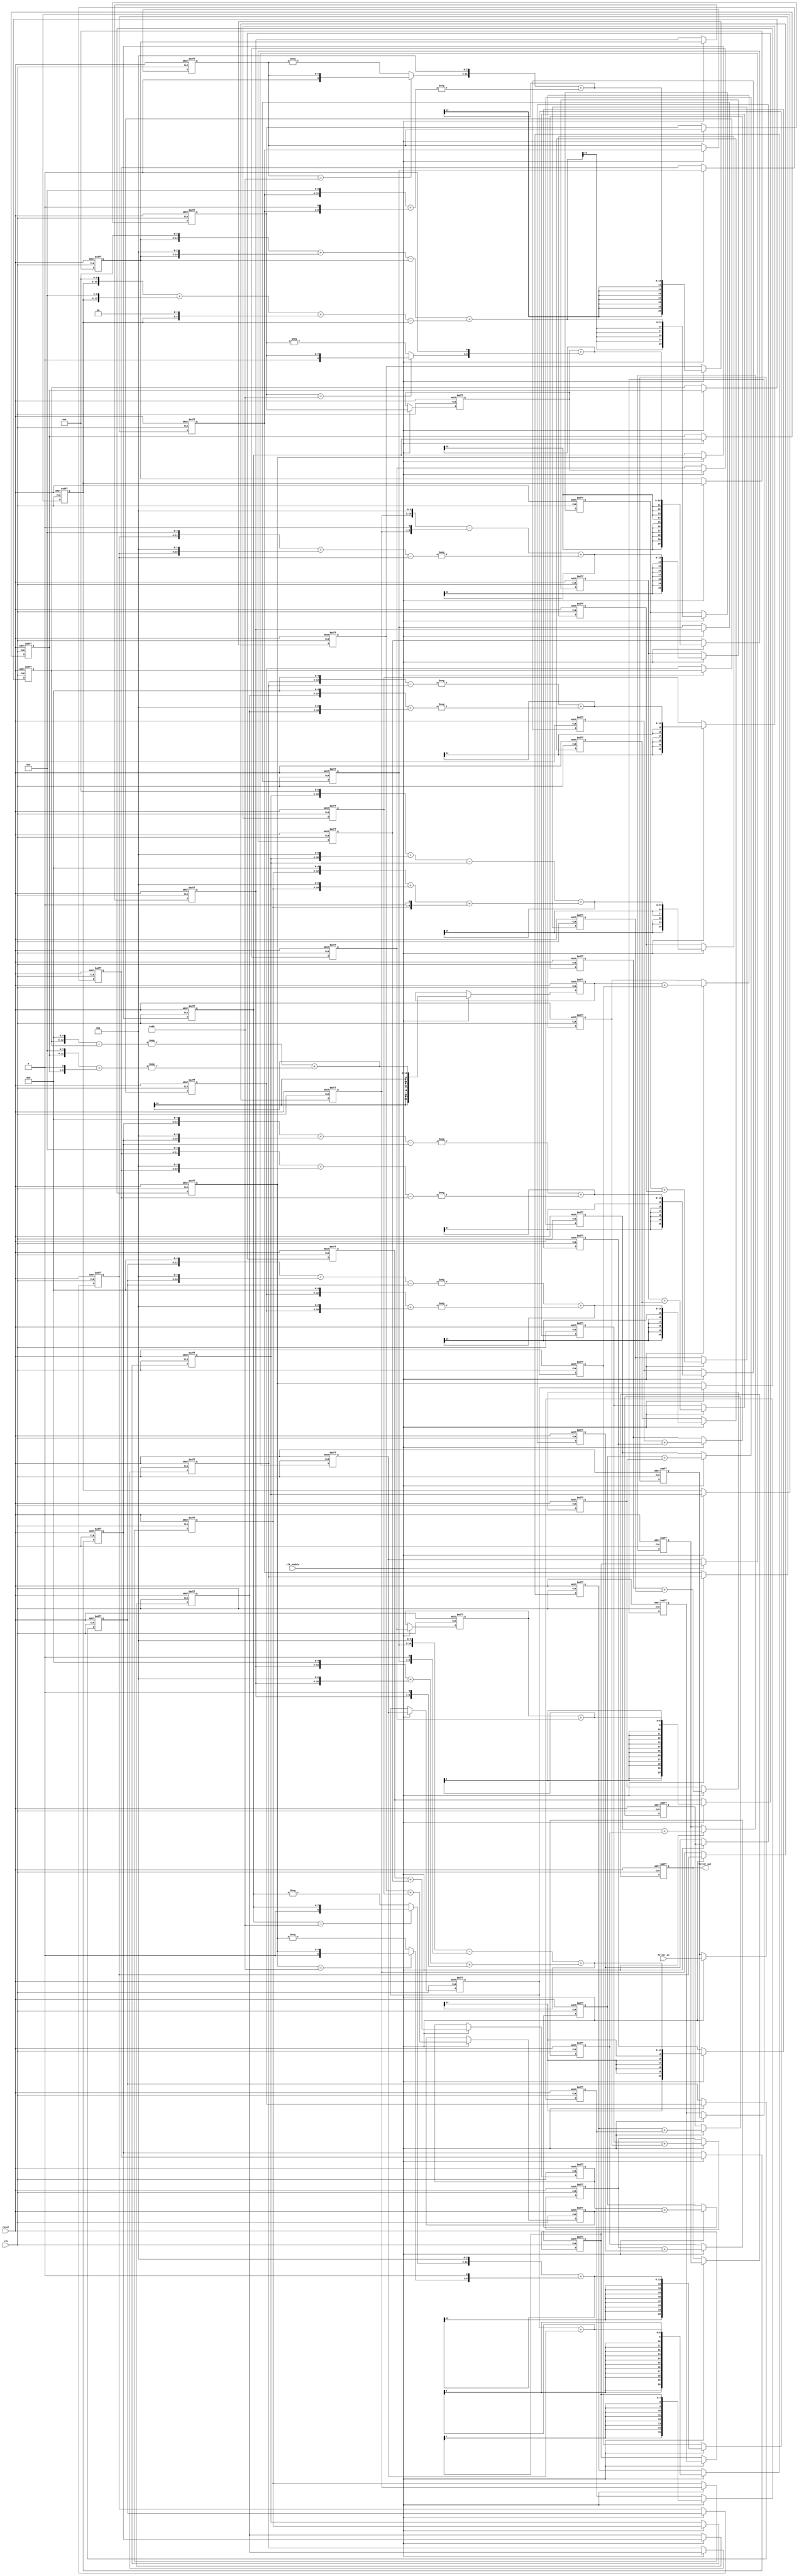
// -------------------------------------------------------------
//
// Module: fir_30_8b_fcsd
// Generated by MATLAB(R) 9.12 and Filter Design HDL Coder 3.1.11.
// Generated on: 2023-06-22 12:06:37
// -------------------------------------------------------------

// -------------------------------------------------------------
// HDL Code Generation Options:
//
// CoeffMultipliers: Factored-CSD
// FIRAdderStyle: tree
// OptimizeForHDL: on
// TargetDirectory: W:\Nikos\UTh\ \Project\FIR_30_Order\factored_csd\8b_fixed_point
// AddPipelineRegisters: on
// Name: fir_30_8b_fcsd
// InputDataType: numerictype(1,8,0)
// TargetLanguage: Verilog
// TestBenchName: fir_30_8b_fcsd_tb
// TestBenchStimulus: impulse step ramp chirp noise 

// Filter Specifications:
//
// Sample Rate     : 46 kHz
// Response        : Lowpass
// Specification   : N,Fp,Fst,Ap
// Stopband Edge   : 9.6 kHz
// Filter Order    : 30
// Passband Edge   : 8 kHz
// Passband Ripple : 60 dB
// -------------------------------------------------------------

// -------------------------------------------------------------
// HDL Implementation    : Fully parallel
// Folding Factor        : 1
// -------------------------------------------------------------
// Filter Settings:
//
// Discrete-Time FIR Filter (real)
// -------------------------------
// Filter Structure  : Direct-Form FIR
// Filter Length     : 31
// Stable            : Yes
// Linear Phase      : Yes (Type 1)
// Arithmetic        : fixed
// Numerator         : s8,8 -> [-5.000000e-01 5.000000e-01)
// -------------------------------------------------------------




`timescale 1 ns / 1 ns

module fir_30_8b_fcsd
               (
                clk,
                clk_enable,
                reset,
                filter_in,
                filter_out
                );

  input   clk; 
  input   clk_enable; 
  input   reset; 
  input   signed [7:0] filter_in; //sfix8
  output  signed [20:0] filter_out; //sfix21_En8

////////////////////////////////////////////////////////////////
//Module Architecture: fir_30_8b_fcsd
////////////////////////////////////////////////////////////////
  // Local Functions
  // Type Definitions
  // Constants
  parameter signed [7:0] coeff1 = 8'b00000000; //sfix8_En8
  parameter signed [7:0] coeff2 = 8'b00000000; //sfix8_En8
  parameter signed [7:0] coeff3 = 8'b00000001; //sfix8_En8
  parameter signed [7:0] coeff4 = 8'b00000001; //sfix8_En8
  parameter signed [7:0] coeff5 = 8'b00000001; //sfix8_En8
  parameter signed [7:0] coeff6 = 8'b11111110; //sfix8_En8
  parameter signed [7:0] coeff7 = 8'b11111000; //sfix8_En8
  parameter signed [7:0] coeff8 = 8'b11101110; //sfix8_En8
  parameter signed [7:0] coeff9 = 8'b11100001; //sfix8_En8
  parameter signed [7:0] coeff10 = 8'b11011000; //sfix8_En8
  parameter signed [7:0] coeff11 = 8'b11011001; //sfix8_En8
  parameter signed [7:0] coeff12 = 8'b11101001; //sfix8_En8
  parameter signed [7:0] coeff13 = 8'b00000110; //sfix8_En8
  parameter signed [7:0] coeff14 = 8'b00101010; //sfix8_En8
  parameter signed [7:0] coeff15 = 8'b01000111; //sfix8_En8
  parameter signed [7:0] coeff16 = 8'b01010011; //sfix8_En8
  parameter signed [7:0] coeff17 = 8'b01000111; //sfix8_En8
  parameter signed [7:0] coeff18 = 8'b00101010; //sfix8_En8
  parameter signed [7:0] coeff19 = 8'b00000110; //sfix8_En8
  parameter signed [7:0] coeff20 = 8'b11101001; //sfix8_En8
  parameter signed [7:0] coeff21 = 8'b11011001; //sfix8_En8
  parameter signed [7:0] coeff22 = 8'b11011000; //sfix8_En8
  parameter signed [7:0] coeff23 = 8'b11100001; //sfix8_En8
  parameter signed [7:0] coeff24 = 8'b11101110; //sfix8_En8
  parameter signed [7:0] coeff25 = 8'b11111000; //sfix8_En8
  parameter signed [7:0] coeff26 = 8'b11111110; //sfix8_En8
  parameter signed [7:0] coeff27 = 8'b00000001; //sfix8_En8
  parameter signed [7:0] coeff28 = 8'b00000001; //sfix8_En8
  parameter signed [7:0] coeff29 = 8'b00000001; //sfix8_En8
  parameter signed [7:0] coeff30 = 8'b00000000; //sfix8_En8
  parameter signed [7:0] coeff31 = 8'b00000000; //sfix8_En8

  // Signals
  reg  signed [7:0] delay_pipeline [0:30] ; // sfix8
  wire signed [15:0] product29; // sfix16_En8
  wire signed [15:0] product28; // sfix16_En8
  wire signed [15:0] product27; // sfix16_En8
  wire signed [15:0] product26; // sfix16_En8
  wire signed [8:0] mulpwr2_temp; // sfix9
  wire signed [15:0] product25; // sfix16_En8
  wire signed [8:0] mulpwr2_temp_1; // sfix9
  wire signed [15:0] product24; // sfix16_En8
  wire signed [12:0] mulcsd_temp; // sfix13_En8
  wire signed [15:0] product23; // sfix16_En8
  wire signed [13:0] mulcsd_temp_1; // sfix14_En8
  wire signed [15:0] product22; // sfix16_En8
  wire signed [13:0] mulcsd_temp_2; // sfix14_En8
  wire signed [15:0] product21; // sfix16_En8
  wire signed [13:0] mulcsd_temp_3; // sfix14_En8
  wire signed [15:0] product20; // sfix16_En8
  wire signed [12:0] mulcsd_temp_4; // sfix13_En8
  wire signed [15:0] product19; // sfix16_En8
  wire signed [11:0] mulcsd_temp_5; // sfix12_En8
  wire signed [15:0] product18; // sfix16_En8
  wire signed [13:0] mulcsd_temp_6; // sfix14_En8
  wire signed [15:0] product17; // sfix16_En8
  wire signed [14:0] mulcsd_temp_7; // sfix15_En8
  wire signed [15:0] product16; // sfix16_En8
  wire signed [14:0] mulcsd_temp_8; // sfix15_En8
  wire signed [15:0] product15; // sfix16_En8
  wire signed [14:0] mulcsd_temp_9; // sfix15_En8
  wire signed [15:0] product14; // sfix16_En8
  wire signed [13:0] mulcsd_temp_10; // sfix14_En8
  wire signed [15:0] product13; // sfix16_En8
  wire signed [11:0] mulcsd_temp_11; // sfix12_En8
  wire signed [15:0] product12; // sfix16_En8
  wire signed [12:0] mulcsd_temp_12; // sfix13_En8
  wire signed [15:0] product11; // sfix16_En8
  wire signed [13:0] mulcsd_temp_13; // sfix14_En8
  wire signed [15:0] product10; // sfix16_En8
  wire signed [13:0] mulcsd_temp_14; // sfix14_En8
  wire signed [15:0] product9; // sfix16_En8
  wire signed [13:0] mulcsd_temp_15; // sfix14_En8
  wire signed [15:0] product8; // sfix16_En8
  wire signed [12:0] mulcsd_temp_16; // sfix13_En8
  wire signed [15:0] product7; // sfix16_En8
  wire signed [8:0] mulpwr2_temp_2; // sfix9
  wire signed [15:0] product6; // sfix16_En8
  wire signed [8:0] mulpwr2_temp_3; // sfix9
  wire signed [15:0] product5; // sfix16_En8
  wire signed [15:0] product4; // sfix16_En8
  wire signed [15:0] product3; // sfix16_En8
  wire signed [20:0] sum_final; // sfix21_En8
  wire signed [20:0] sum1_1; // sfix21_En8
  wire signed [15:0] add_signext; // sfix16_En8
  wire signed [15:0] add_signext_1; // sfix16_En8
  wire signed [16:0] add_temp; // sfix17_En8
  reg  signed [20:0] sumpipe1_1; // sfix21_En8
  wire signed [20:0] sum1_2; // sfix21_En8
  wire signed [15:0] add_signext_2; // sfix16_En8
  wire signed [15:0] add_signext_3; // sfix16_En8
  wire signed [16:0] add_temp_1; // sfix17_En8
  reg  signed [20:0] sumpipe1_2; // sfix21_En8
  wire signed [20:0] sum1_3; // sfix21_En8
  wire signed [15:0] add_signext_4; // sfix16_En8
  wire signed [15:0] add_signext_5; // sfix16_En8
  wire signed [16:0] add_temp_2; // sfix17_En8
  reg  signed [20:0] sumpipe1_3; // sfix21_En8
  wire signed [20:0] sum1_4; // sfix21_En8
  wire signed [15:0] add_signext_6; // sfix16_En8
  wire signed [15:0] add_signext_7; // sfix16_En8
  wire signed [16:0] add_temp_3; // sfix17_En8
  reg  signed [20:0] sumpipe1_4; // sfix21_En8
  wire signed [20:0] sum1_5; // sfix21_En8
  wire signed [15:0] add_signext_8; // sfix16_En8
  wire signed [15:0] add_signext_9; // sfix16_En8
  wire signed [16:0] add_temp_4; // sfix17_En8
  reg  signed [20:0] sumpipe1_5; // sfix21_En8
  wire signed [20:0] sum1_6; // sfix21_En8
  wire signed [15:0] add_signext_10; // sfix16_En8
  wire signed [15:0] add_signext_11; // sfix16_En8
  wire signed [16:0] add_temp_5; // sfix17_En8
  reg  signed [20:0] sumpipe1_6; // sfix21_En8
  wire signed [20:0] sum1_7; // sfix21_En8
  wire signed [15:0] add_signext_12; // sfix16_En8
  wire signed [15:0] add_signext_13; // sfix16_En8
  wire signed [16:0] add_temp_6; // sfix17_En8
  reg  signed [20:0] sumpipe1_7; // sfix21_En8
  wire signed [20:0] sum1_8; // sfix21_En8
  wire signed [15:0] add_signext_14; // sfix16_En8
  wire signed [15:0] add_signext_15; // sfix16_En8
  wire signed [16:0] add_temp_7; // sfix17_En8
  reg  signed [20:0] sumpipe1_8; // sfix21_En8
  wire signed [20:0] sum1_9; // sfix21_En8
  wire signed [15:0] add_signext_16; // sfix16_En8
  wire signed [15:0] add_signext_17; // sfix16_En8
  wire signed [16:0] add_temp_8; // sfix17_En8
  reg  signed [20:0] sumpipe1_9; // sfix21_En8
  wire signed [20:0] sum1_10; // sfix21_En8
  wire signed [15:0] add_signext_18; // sfix16_En8
  wire signed [15:0] add_signext_19; // sfix16_En8
  wire signed [16:0] add_temp_9; // sfix17_En8
  reg  signed [20:0] sumpipe1_10; // sfix21_En8
  wire signed [20:0] sum1_11; // sfix21_En8
  wire signed [15:0] add_signext_20; // sfix16_En8
  wire signed [15:0] add_signext_21; // sfix16_En8
  wire signed [16:0] add_temp_10; // sfix17_En8
  reg  signed [20:0] sumpipe1_11; // sfix21_En8
  wire signed [20:0] sum1_12; // sfix21_En8
  wire signed [15:0] add_signext_22; // sfix16_En8
  wire signed [15:0] add_signext_23; // sfix16_En8
  wire signed [16:0] add_temp_11; // sfix17_En8
  reg  signed [20:0] sumpipe1_12; // sfix21_En8
  wire signed [20:0] sum1_13; // sfix21_En8
  wire signed [15:0] add_signext_24; // sfix16_En8
  wire signed [15:0] add_signext_25; // sfix16_En8
  wire signed [16:0] add_temp_12; // sfix17_En8
  reg  signed [20:0] sumpipe1_13; // sfix21_En8
  reg  signed [15:0] sumpipe1_14; // sfix16_En8
  wire signed [20:0] sum2_1; // sfix21_En8
  wire signed [20:0] add_signext_26; // sfix21_En8
  wire signed [20:0] add_signext_27; // sfix21_En8
  wire signed [21:0] add_temp_13; // sfix22_En8
  reg  signed [20:0] sumpipe2_1; // sfix21_En8
  wire signed [20:0] sum2_2; // sfix21_En8
  wire signed [20:0] add_signext_28; // sfix21_En8
  wire signed [20:0] add_signext_29; // sfix21_En8
  wire signed [21:0] add_temp_14; // sfix22_En8
  reg  signed [20:0] sumpipe2_2; // sfix21_En8
  wire signed [20:0] sum2_3; // sfix21_En8
  wire signed [20:0] add_signext_30; // sfix21_En8
  wire signed [20:0] add_signext_31; // sfix21_En8
  wire signed [21:0] add_temp_15; // sfix22_En8
  reg  signed [20:0] sumpipe2_3; // sfix21_En8
  wire signed [20:0] sum2_4; // sfix21_En8
  wire signed [20:0] add_signext_32; // sfix21_En8
  wire signed [20:0] add_signext_33; // sfix21_En8
  wire signed [21:0] add_temp_16; // sfix22_En8
  reg  signed [20:0] sumpipe2_4; // sfix21_En8
  wire signed [20:0] sum2_5; // sfix21_En8
  wire signed [20:0] add_signext_34; // sfix21_En8
  wire signed [20:0] add_signext_35; // sfix21_En8
  wire signed [21:0] add_temp_17; // sfix22_En8
  reg  signed [20:0] sumpipe2_5; // sfix21_En8
  wire signed [20:0] sum2_6; // sfix21_En8
  wire signed [20:0] add_signext_36; // sfix21_En8
  wire signed [20:0] add_signext_37; // sfix21_En8
  wire signed [21:0] add_temp_18; // sfix22_En8
  reg  signed [20:0] sumpipe2_6; // sfix21_En8
  wire signed [20:0] sum2_7; // sfix21_En8
  wire signed [20:0] add_signext_38; // sfix21_En8
  wire signed [20:0] add_signext_39; // sfix21_En8
  wire signed [21:0] add_temp_19; // sfix22_En8
  reg  signed [20:0] sumpipe2_7; // sfix21_En8
  wire signed [20:0] sum3_1; // sfix21_En8
  wire signed [20:0] add_signext_40; // sfix21_En8
  wire signed [20:0] add_signext_41; // sfix21_En8
  wire signed [21:0] add_temp_20; // sfix22_En8
  reg  signed [20:0] sumpipe3_1; // sfix21_En8
  wire signed [20:0] sum3_2; // sfix21_En8
  wire signed [20:0] add_signext_42; // sfix21_En8
  wire signed [20:0] add_signext_43; // sfix21_En8
  wire signed [21:0] add_temp_21; // sfix22_En8
  reg  signed [20:0] sumpipe3_2; // sfix21_En8
  wire signed [20:0] sum3_3; // sfix21_En8
  wire signed [20:0] add_signext_44; // sfix21_En8
  wire signed [20:0] add_signext_45; // sfix21_En8
  wire signed [21:0] add_temp_22; // sfix22_En8
  reg  signed [20:0] sumpipe3_3; // sfix21_En8
  reg  signed [20:0] sumpipe3_4; // sfix21_En8
  wire signed [20:0] sum4_1; // sfix21_En8
  wire signed [20:0] add_signext_46; // sfix21_En8
  wire signed [20:0] add_signext_47; // sfix21_En8
  wire signed [21:0] add_temp_23; // sfix22_En8
  reg  signed [20:0] sumpipe4_1; // sfix21_En8
  wire signed [20:0] sum4_2; // sfix21_En8
  wire signed [20:0] add_signext_48; // sfix21_En8
  wire signed [20:0] add_signext_49; // sfix21_En8
  wire signed [21:0] add_temp_24; // sfix22_En8
  reg  signed [20:0] sumpipe4_2; // sfix21_En8
  wire signed [20:0] sum5_1; // sfix21_En8
  wire signed [20:0] add_signext_50; // sfix21_En8
  wire signed [20:0] add_signext_51; // sfix21_En8
  wire signed [21:0] add_temp_25; // sfix22_En8
  reg  signed [20:0] sumpipe5_1; // sfix21_En8
  reg  signed [20:0] output_register; // sfix21_En8

  // Block Statements
  always @( posedge clk or posedge reset)
    begin: Delay_Pipeline_process
      if (reset == 1'b1) begin
        delay_pipeline[0] <= 0;
        delay_pipeline[1] <= 0;
        delay_pipeline[2] <= 0;
        delay_pipeline[3] <= 0;
        delay_pipeline[4] <= 0;
        delay_pipeline[5] <= 0;
        delay_pipeline[6] <= 0;
        delay_pipeline[7] <= 0;
        delay_pipeline[8] <= 0;
        delay_pipeline[9] <= 0;
        delay_pipeline[10] <= 0;
        delay_pipeline[11] <= 0;
        delay_pipeline[12] <= 0;
        delay_pipeline[13] <= 0;
        delay_pipeline[14] <= 0;
        delay_pipeline[15] <= 0;
        delay_pipeline[16] <= 0;
        delay_pipeline[17] <= 0;
        delay_pipeline[18] <= 0;
        delay_pipeline[19] <= 0;
        delay_pipeline[20] <= 0;
        delay_pipeline[21] <= 0;
        delay_pipeline[22] <= 0;
        delay_pipeline[23] <= 0;
        delay_pipeline[24] <= 0;
        delay_pipeline[25] <= 0;
        delay_pipeline[26] <= 0;
        delay_pipeline[27] <= 0;
        delay_pipeline[28] <= 0;
        delay_pipeline[29] <= 0;
        delay_pipeline[30] <= 0;
      end
      else begin
        if (clk_enable == 1'b1) begin
          delay_pipeline[0] <= filter_in;
          delay_pipeline[1] <= delay_pipeline[0];
          delay_pipeline[2] <= delay_pipeline[1];
          delay_pipeline[3] <= delay_pipeline[2];
          delay_pipeline[4] <= delay_pipeline[3];
          delay_pipeline[5] <= delay_pipeline[4];
          delay_pipeline[6] <= delay_pipeline[5];
          delay_pipeline[7] <= delay_pipeline[6];
          delay_pipeline[8] <= delay_pipeline[7];
          delay_pipeline[9] <= delay_pipeline[8];
          delay_pipeline[10] <= delay_pipeline[9];
          delay_pipeline[11] <= delay_pipeline[10];
          delay_pipeline[12] <= delay_pipeline[11];
          delay_pipeline[13] <= delay_pipeline[12];
          delay_pipeline[14] <= delay_pipeline[13];
          delay_pipeline[15] <= delay_pipeline[14];
          delay_pipeline[16] <= delay_pipeline[15];
          delay_pipeline[17] <= delay_pipeline[16];
          delay_pipeline[18] <= delay_pipeline[17];
          delay_pipeline[19] <= delay_pipeline[18];
          delay_pipeline[20] <= delay_pipeline[19];
          delay_pipeline[21] <= delay_pipeline[20];
          delay_pipeline[22] <= delay_pipeline[21];
          delay_pipeline[23] <= delay_pipeline[22];
          delay_pipeline[24] <= delay_pipeline[23];
          delay_pipeline[25] <= delay_pipeline[24];
          delay_pipeline[26] <= delay_pipeline[25];
          delay_pipeline[27] <= delay_pipeline[26];
          delay_pipeline[28] <= delay_pipeline[27];
          delay_pipeline[29] <= delay_pipeline[28];
          delay_pipeline[30] <= delay_pipeline[29];
        end
      end
    end // Delay_Pipeline_process


  assign product29 = $signed({{8{delay_pipeline[28][7]}}, delay_pipeline[28]});

  assign product28 = $signed({{8{delay_pipeline[27][7]}}, delay_pipeline[27]});

  assign product27 = $signed({{8{delay_pipeline[26][7]}}, delay_pipeline[26]});

  assign mulpwr2_temp = (delay_pipeline[25]==8'b10000000) ? $signed({1'b0, delay_pipeline[25]}) : -delay_pipeline[25];

  assign product26 = $signed({mulpwr2_temp[8:0], 1'b0});

  assign mulpwr2_temp_1 = (delay_pipeline[24]==8'b10000000) ? $signed({1'b0, delay_pipeline[24]}) : -delay_pipeline[24];

  assign product25 = $signed({mulpwr2_temp_1[8:0], 3'b000});

// For FCSD of -18, optimizing to CSD due to lower cost
  assign mulcsd_temp = - (
        $signed({delay_pipeline[23], 4'b0000}) +
        $signed({delay_pipeline[23], 1'b0}));
  assign product24 = $signed({{3{mulcsd_temp[12]}}, mulcsd_temp});

// For FCSD of -31, optimizing to CSD due to lower cost
  assign mulcsd_temp_1 = - (
        $signed({delay_pipeline[22], 5'b00000}) -
        delay_pipeline[22]);
  assign product23 = $signed({{2{mulcsd_temp_1[13]}}, mulcsd_temp_1});

// For FCSD of -40, optimizing to CSD due to lower cost
  assign mulcsd_temp_2 = - (
        $signed({delay_pipeline[21], 5'b00000}) +
        $signed({delay_pipeline[21], 3'b000}));
  assign product22 = $signed({{2{mulcsd_temp_2[13]}}, mulcsd_temp_2});

// For FCSD of -39, optimizing to CSD due to lower cost
  assign mulcsd_temp_3 = - (
        $signed({delay_pipeline[20], 5'b00000}) +
        $signed({delay_pipeline[20], 3'b000}) -
        delay_pipeline[20]);
  assign product21 = $signed({{2{mulcsd_temp_3[13]}}, mulcsd_temp_3});

// For FCSD of -23, optimizing to CSD due to lower cost
  assign mulcsd_temp_4 = - (
        $signed({delay_pipeline[19], 4'b0000}) +
        $signed({delay_pipeline[19], 3'b000}) -
        delay_pipeline[19]);
  assign product20 = $signed({{3{mulcsd_temp_4[12]}}, mulcsd_temp_4});

// For FCSD of 6, optimizing to CSD due to lower cost
  assign mulcsd_temp_5 = 
        $signed({delay_pipeline[18], 3'b000}) -
        $signed({delay_pipeline[18], 1'b0});
  assign product19 = $signed({{4{mulcsd_temp_5[11]}}, mulcsd_temp_5});

// For FCSD of 42, optimizing to CSD due to lower cost
  assign mulcsd_temp_6 = 
        $signed({delay_pipeline[17], 5'b00000}) +
        $signed({delay_pipeline[17], 3'b000}) +
        $signed({delay_pipeline[17], 1'b0});
  assign product18 = $signed({{2{mulcsd_temp_6[13]}}, mulcsd_temp_6});

// For FCSD of 71, optimizing to CSD due to lower cost
  assign mulcsd_temp_7 = 
        $signed({delay_pipeline[16], 6'b000000}) +
        $signed({delay_pipeline[16], 3'b000}) -
        delay_pipeline[16];
  assign product17 = $signed({{1{mulcsd_temp_7[14]}}, mulcsd_temp_7});

// For FCSD of 83, optimizing to CSD due to lower cost
  assign mulcsd_temp_8 = 
        $signed({delay_pipeline[15], 6'b000000}) +
        $signed({delay_pipeline[15], 4'b0000}) +
        $signed({delay_pipeline[15], 2'b00}) -
        delay_pipeline[15];
  assign product16 = $signed({{1{mulcsd_temp_8[14]}}, mulcsd_temp_8});

// For FCSD of 71, optimizing to CSD due to lower cost
  assign mulcsd_temp_9 = 
        $signed({delay_pipeline[14], 6'b000000}) +
        $signed({delay_pipeline[14], 3'b000}) -
        delay_pipeline[14];
  assign product15 = $signed({{1{mulcsd_temp_9[14]}}, mulcsd_temp_9});

// For FCSD of 42, optimizing to CSD due to lower cost
  assign mulcsd_temp_10 = 
        $signed({delay_pipeline[13], 5'b00000}) +
        $signed({delay_pipeline[13], 3'b000}) +
        $signed({delay_pipeline[13], 1'b0});
  assign product14 = $signed({{2{mulcsd_temp_10[13]}}, mulcsd_temp_10});

// For FCSD of 6, optimizing to CSD due to lower cost
  assign mulcsd_temp_11 = 
        $signed({delay_pipeline[12], 3'b000}) -
        $signed({delay_pipeline[12], 1'b0});
  assign product13 = $signed({{4{mulcsd_temp_11[11]}}, mulcsd_temp_11});

// For FCSD of -23, optimizing to CSD due to lower cost
  assign mulcsd_temp_12 = - (
        $signed({delay_pipeline[11], 4'b0000}) +
        $signed({delay_pipeline[11], 3'b000}) -
        delay_pipeline[11]);
  assign product12 = $signed({{3{mulcsd_temp_12[12]}}, mulcsd_temp_12});

// For FCSD of -39, optimizing to CSD due to lower cost
  assign mulcsd_temp_13 = - (
        $signed({delay_pipeline[10], 5'b00000}) +
        $signed({delay_pipeline[10], 3'b000}) -
        delay_pipeline[10]);
  assign product11 = $signed({{2{mulcsd_temp_13[13]}}, mulcsd_temp_13});

// For FCSD of -40, optimizing to CSD due to lower cost
  assign mulcsd_temp_14 = - (
        $signed({delay_pipeline[9], 5'b00000}) +
        $signed({delay_pipeline[9], 3'b000}));
  assign product10 = $signed({{2{mulcsd_temp_14[13]}}, mulcsd_temp_14});

// For FCSD of -31, optimizing to CSD due to lower cost
  assign mulcsd_temp_15 = - (
        $signed({delay_pipeline[8], 5'b00000}) -
        delay_pipeline[8]);
  assign product9 = $signed({{2{mulcsd_temp_15[13]}}, mulcsd_temp_15});

// For FCSD of -18, optimizing to CSD due to lower cost
  assign mulcsd_temp_16 = - (
        $signed({delay_pipeline[7], 4'b0000}) +
        $signed({delay_pipeline[7], 1'b0}));
  assign product8 = $signed({{3{mulcsd_temp_16[12]}}, mulcsd_temp_16});

  assign mulpwr2_temp_2 = (delay_pipeline[6]==8'b10000000) ? $signed({1'b0, delay_pipeline[6]}) : -delay_pipeline[6];

  assign product7 = $signed({mulpwr2_temp_2[8:0], 3'b000});

  assign mulpwr2_temp_3 = (delay_pipeline[5]==8'b10000000) ? $signed({1'b0, delay_pipeline[5]}) : -delay_pipeline[5];

  assign product6 = $signed({mulpwr2_temp_3[8:0], 1'b0});

  assign product5 = $signed({{8{delay_pipeline[4][7]}}, delay_pipeline[4]});

  assign product4 = $signed({{8{delay_pipeline[3][7]}}, delay_pipeline[3]});

  assign product3 = $signed({{8{delay_pipeline[2][7]}}, delay_pipeline[2]});

  assign add_signext = product29;
  assign add_signext_1 = product28;
  assign add_temp = add_signext + add_signext_1;
  assign sum1_1 = $signed({{4{add_temp[16]}}, add_temp});

  assign add_signext_2 = product27;
  assign add_signext_3 = product26;
  assign add_temp_1 = add_signext_2 + add_signext_3;
  assign sum1_2 = $signed({{4{add_temp_1[16]}}, add_temp_1});

  assign add_signext_4 = product25;
  assign add_signext_5 = product24;
  assign add_temp_2 = add_signext_4 + add_signext_5;
  assign sum1_3 = $signed({{4{add_temp_2[16]}}, add_temp_2});

  assign add_signext_6 = product23;
  assign add_signext_7 = product22;
  assign add_temp_3 = add_signext_6 + add_signext_7;
  assign sum1_4 = $signed({{4{add_temp_3[16]}}, add_temp_3});

  assign add_signext_8 = product21;
  assign add_signext_9 = product20;
  assign add_temp_4 = add_signext_8 + add_signext_9;
  assign sum1_5 = $signed({{4{add_temp_4[16]}}, add_temp_4});

  assign add_signext_10 = product19;
  assign add_signext_11 = product18;
  assign add_temp_5 = add_signext_10 + add_signext_11;
  assign sum1_6 = $signed({{4{add_temp_5[16]}}, add_temp_5});

  assign add_signext_12 = product17;
  assign add_signext_13 = product16;
  assign add_temp_6 = add_signext_12 + add_signext_13;
  assign sum1_7 = $signed({{4{add_temp_6[16]}}, add_temp_6});

  assign add_signext_14 = product15;
  assign add_signext_15 = product14;
  assign add_temp_7 = add_signext_14 + add_signext_15;
  assign sum1_8 = $signed({{4{add_temp_7[16]}}, add_temp_7});

  assign add_signext_16 = product13;
  assign add_signext_17 = product12;
  assign add_temp_8 = add_signext_16 + add_signext_17;
  assign sum1_9 = $signed({{4{add_temp_8[16]}}, add_temp_8});

  assign add_signext_18 = product11;
  assign add_signext_19 = product10;
  assign add_temp_9 = add_signext_18 + add_signext_19;
  assign sum1_10 = $signed({{4{add_temp_9[16]}}, add_temp_9});

  assign add_signext_20 = product9;
  assign add_signext_21 = product8;
  assign add_temp_10 = add_signext_20 + add_signext_21;
  assign sum1_11 = $signed({{4{add_temp_10[16]}}, add_temp_10});

  assign add_signext_22 = product7;
  assign add_signext_23 = product6;
  assign add_temp_11 = add_signext_22 + add_signext_23;
  assign sum1_12 = $signed({{4{add_temp_11[16]}}, add_temp_11});

  assign add_signext_24 = product5;
  assign add_signext_25 = product4;
  assign add_temp_12 = add_signext_24 + add_signext_25;
  assign sum1_13 = $signed({{4{add_temp_12[16]}}, add_temp_12});

  always @ (posedge clk or posedge reset)
    begin: temp_process1
      if (reset == 1'b1) begin
        sumpipe1_1 <= 0;
        sumpipe1_2 <= 0;
        sumpipe1_3 <= 0;
        sumpipe1_4 <= 0;
        sumpipe1_5 <= 0;
        sumpipe1_6 <= 0;
        sumpipe1_7 <= 0;
        sumpipe1_8 <= 0;
        sumpipe1_9 <= 0;
        sumpipe1_10 <= 0;
        sumpipe1_11 <= 0;
        sumpipe1_12 <= 0;
        sumpipe1_13 <= 0;
        sumpipe1_14 <= 0;
      end
      else begin
        if (clk_enable == 1'b1) begin
          sumpipe1_1 <= sum1_1;
          sumpipe1_2 <= sum1_2;
          sumpipe1_3 <= sum1_3;
          sumpipe1_4 <= sum1_4;
          sumpipe1_5 <= sum1_5;
          sumpipe1_6 <= sum1_6;
          sumpipe1_7 <= sum1_7;
          sumpipe1_8 <= sum1_8;
          sumpipe1_9 <= sum1_9;
          sumpipe1_10 <= sum1_10;
          sumpipe1_11 <= sum1_11;
          sumpipe1_12 <= sum1_12;
          sumpipe1_13 <= sum1_13;
          sumpipe1_14 <= product3;
        end
      end
    end // temp_process1

  assign add_signext_26 = sumpipe1_1;
  assign add_signext_27 = sumpipe1_2;
  assign add_temp_13 = add_signext_26 + add_signext_27;
  assign sum2_1 = add_temp_13[20:0];

  assign add_signext_28 = sumpipe1_3;
  assign add_signext_29 = sumpipe1_4;
  assign add_temp_14 = add_signext_28 + add_signext_29;
  assign sum2_2 = add_temp_14[20:0];

  assign add_signext_30 = sumpipe1_5;
  assign add_signext_31 = sumpipe1_6;
  assign add_temp_15 = add_signext_30 + add_signext_31;
  assign sum2_3 = add_temp_15[20:0];

  assign add_signext_32 = sumpipe1_7;
  assign add_signext_33 = sumpipe1_8;
  assign add_temp_16 = add_signext_32 + add_signext_33;
  assign sum2_4 = add_temp_16[20:0];

  assign add_signext_34 = sumpipe1_9;
  assign add_signext_35 = sumpipe1_10;
  assign add_temp_17 = add_signext_34 + add_signext_35;
  assign sum2_5 = add_temp_17[20:0];

  assign add_signext_36 = sumpipe1_11;
  assign add_signext_37 = sumpipe1_12;
  assign add_temp_18 = add_signext_36 + add_signext_37;
  assign sum2_6 = add_temp_18[20:0];

  assign add_signext_38 = sumpipe1_13;
  assign add_signext_39 = $signed({{5{sumpipe1_14[15]}}, sumpipe1_14});
  assign add_temp_19 = add_signext_38 + add_signext_39;
  assign sum2_7 = add_temp_19[20:0];

  always @ (posedge clk or posedge reset)
    begin: temp_process2
      if (reset == 1'b1) begin
        sumpipe2_1 <= 0;
        sumpipe2_2 <= 0;
        sumpipe2_3 <= 0;
        sumpipe2_4 <= 0;
        sumpipe2_5 <= 0;
        sumpipe2_6 <= 0;
        sumpipe2_7 <= 0;
      end
      else begin
        if (clk_enable == 1'b1) begin
          sumpipe2_1 <= sum2_1;
          sumpipe2_2 <= sum2_2;
          sumpipe2_3 <= sum2_3;
          sumpipe2_4 <= sum2_4;
          sumpipe2_5 <= sum2_5;
          sumpipe2_6 <= sum2_6;
          sumpipe2_7 <= sum2_7;
        end
      end
    end // temp_process2

  assign add_signext_40 = sumpipe2_1;
  assign add_signext_41 = sumpipe2_2;
  assign add_temp_20 = add_signext_40 + add_signext_41;
  assign sum3_1 = add_temp_20[20:0];

  assign add_signext_42 = sumpipe2_3;
  assign add_signext_43 = sumpipe2_4;
  assign add_temp_21 = add_signext_42 + add_signext_43;
  assign sum3_2 = add_temp_21[20:0];

  assign add_signext_44 = sumpipe2_5;
  assign add_signext_45 = sumpipe2_6;
  assign add_temp_22 = add_signext_44 + add_signext_45;
  assign sum3_3 = add_temp_22[20:0];

  always @ (posedge clk or posedge reset)
    begin: temp_process3
      if (reset == 1'b1) begin
        sumpipe3_1 <= 0;
        sumpipe3_2 <= 0;
        sumpipe3_3 <= 0;
        sumpipe3_4 <= 0;
      end
      else begin
        if (clk_enable == 1'b1) begin
          sumpipe3_1 <= sum3_1;
          sumpipe3_2 <= sum3_2;
          sumpipe3_3 <= sum3_3;
          sumpipe3_4 <= sumpipe2_7;
        end
      end
    end // temp_process3

  assign add_signext_46 = sumpipe3_1;
  assign add_signext_47 = sumpipe3_2;
  assign add_temp_23 = add_signext_46 + add_signext_47;
  assign sum4_1 = add_temp_23[20:0];

  assign add_signext_48 = sumpipe3_3;
  assign add_signext_49 = sumpipe3_4;
  assign add_temp_24 = add_signext_48 + add_signext_49;
  assign sum4_2 = add_temp_24[20:0];

  always @ (posedge clk or posedge reset)
    begin: temp_process4
      if (reset == 1'b1) begin
        sumpipe4_1 <= 0;
        sumpipe4_2 <= 0;
      end
      else begin
        if (clk_enable == 1'b1) begin
          sumpipe4_1 <= sum4_1;
          sumpipe4_2 <= sum4_2;
        end
      end
    end // temp_process4

  assign add_signext_50 = sumpipe4_1;
  assign add_signext_51 = sumpipe4_2;
  assign add_temp_25 = add_signext_50 + add_signext_51;
  assign sum5_1 = add_temp_25[20:0];

  always @ (posedge clk or posedge reset)
    begin: temp_process5
      if (reset == 1'b1) begin
        sumpipe5_1 <= 0;
      end
      else begin
        if (clk_enable == 1'b1) begin
          sumpipe5_1 <= sum5_1;
        end
      end
    end // temp_process5

  assign sum_final = sumpipe5_1;

  always @ (posedge clk or posedge reset)
    begin: Output_Register_process
      if (reset == 1'b1) begin
        output_register <= 0;
      end
      else begin
        if (clk_enable == 1'b1) begin
          output_register <= sum_final;
        end
      end
    end // Output_Register_process

  // Assignment Statements
  assign filter_out = output_register;
endmodule  // fir_30_8b_fcsd